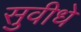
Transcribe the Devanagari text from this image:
सुवीधे